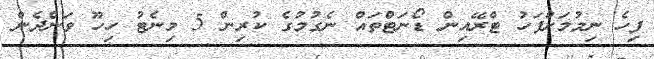
ފިހެ ނިމުމަށްފަހު ޓްރޭއިން ޑޯނަޓްތައް ނެގުމުގެ ކުރިން 5 މިނެޓު ހިހޫ ވަންދެން